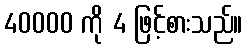
40000 ကို 4 ဖြင့်စားသည်။